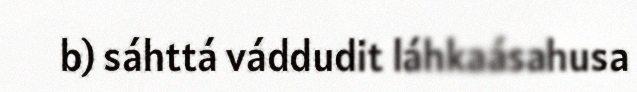
b) sáhttá váddudit láhkaásahusa